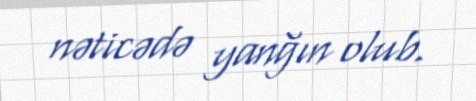
nəticədə yanğın olub.